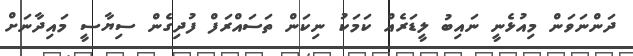
ދަންނަވަން މިއުޅެނީ ނައިބު ލީޑަރެއް ކަމަކު ނިކަން ތަސައްރަފް ފުދިގެން ސިޔާސީ މައިދާނަށް